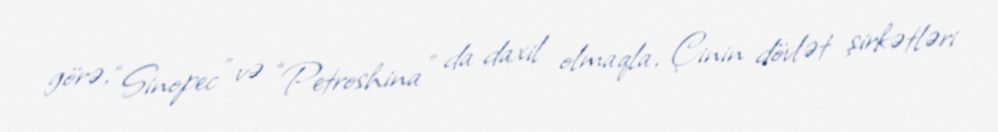
görə, “Sinopec” və “Petroshina” da daxil olmaqla, Çinin dövlət şirkətləri